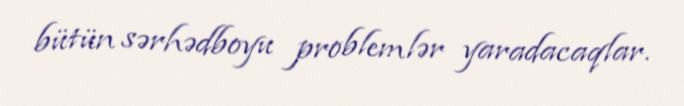
bütün sərhədboyu problemlər yaradacaqlar.